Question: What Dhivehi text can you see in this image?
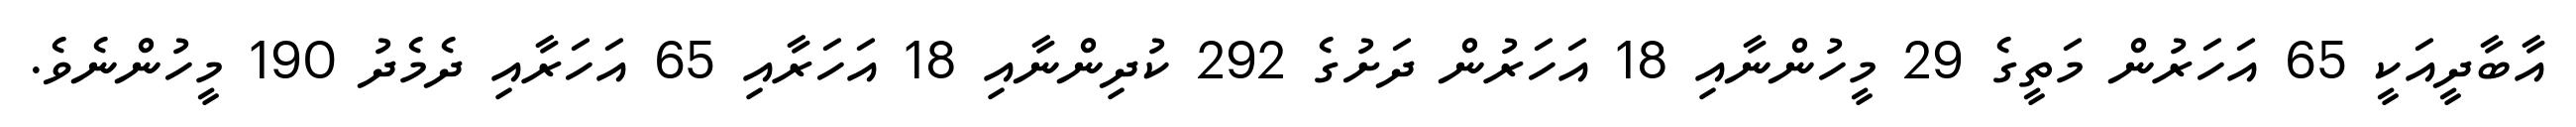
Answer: އާބާދީއަކީ 65 އަހަރުން މަތީގެ 29 މީހުންނާއި 18 އަހަރުން ދަށުގެ 292 ކުދިންނާއި 18 އަހަރާއި 65 އަހަރާއި ދެމެދު 190 މީހުންނެވެ.